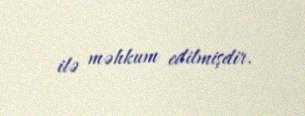
ilə məhkum edilmişdir.